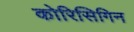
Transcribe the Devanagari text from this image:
कोरिसिगिन